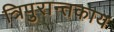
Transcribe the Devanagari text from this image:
त्रिपुरान्तकाय